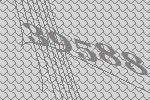
39588